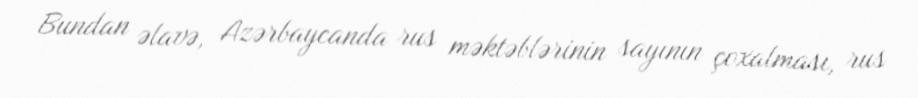
Bundan əlavə, Azərbaycanda rus məktəblərinin sayının çoxalması, rus